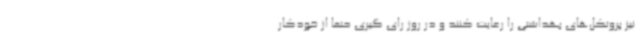
نیز پروتکل‌های بهداشتی را رعایت کنند و در روز رای گیری حتما از خودکار